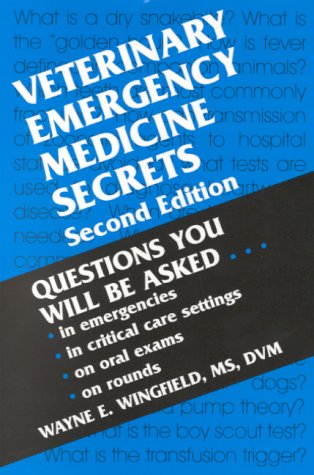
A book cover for Veterinary Emergency Medicine Secrets, 2e; Wayne E. Wingfield MS  DVM  DAVECC  DACVS; Medical Books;